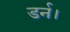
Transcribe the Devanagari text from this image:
डर्न।